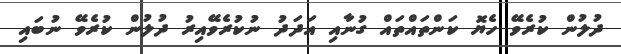
ދުލުން ކުރެވޭ ހެޔޮ ކަންތައްތައް ގުނާއި އަދަދު ނުކުރެވޭއިރު ދުލުން ކުރެވޭ ނުބައި